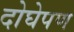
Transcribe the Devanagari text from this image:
दोघेपण